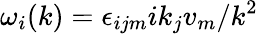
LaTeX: \omega_{i}(k)=\epsilon_{ijm}ik_{j}v_{m}/k^{2}